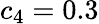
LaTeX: c_{4}=0.3